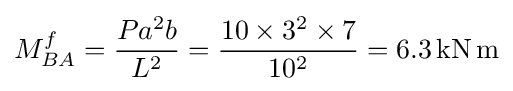
M_{BA}^{f}={\frac {Pa^{2}b}{L^{2}}}={\frac {10\times 3^{2}\times 7}{10^{2}}}=6.3\mathrm {\,kN\,m}